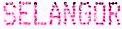
SELANGOR